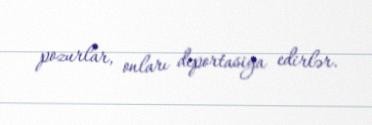
pozurlar, onları deportasiya edirlər.